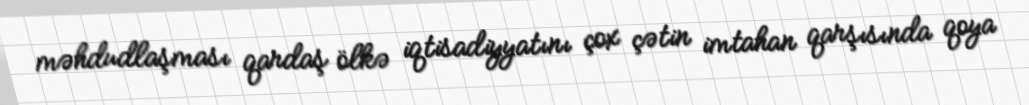
məhdudlaşması qardaş ölkə iqtisadiyyatını çox çətin imtahan qarşısında qoya